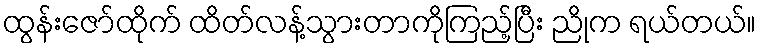
ထွန်းဇော်ထိုက် ထိတ်လန့်သွားတာကိုကြည့်ပြီး ညိုက ရယ်တယ်။